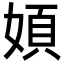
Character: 㛲